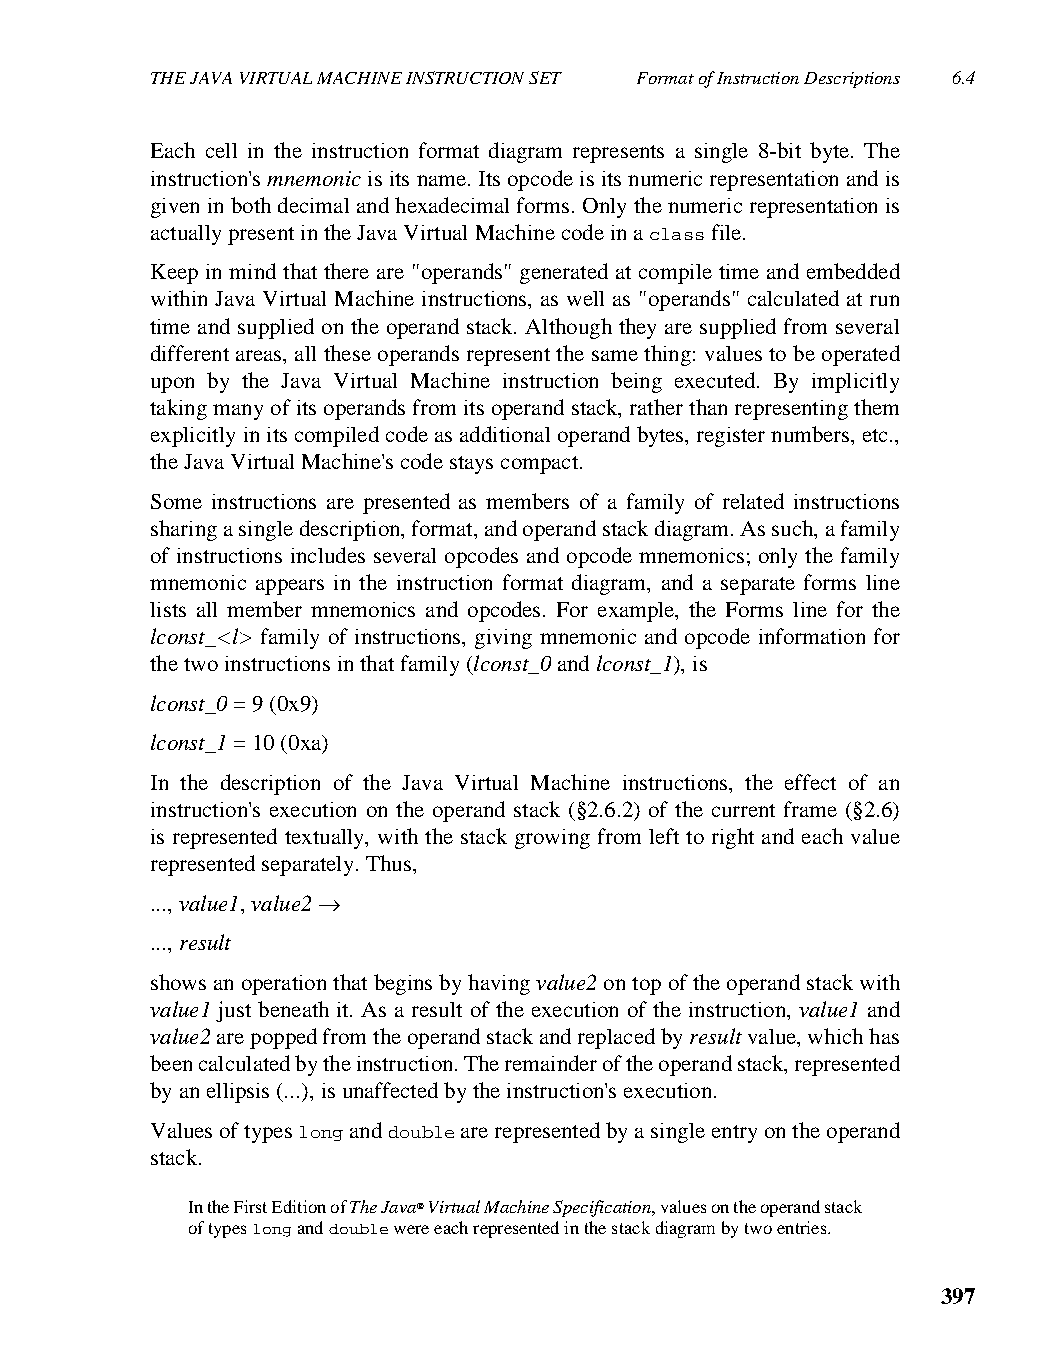
THE JAVA VIRTUAL MACHINE INSTRUCTION SET Format of Instruction Descriptions 6.4
 Each cell in the instruction format diagram represents a single 8-bit byte. The
 instruction's mnemonic is its name. Its opcode is its numeric representation and is
 given in both decimal and hexadecimal forms. Only the numeric representation is
 actually present in the Java Virtual Machine code in a class file.
 Keep in mind that there are "operands" generated at compile time and embedded
 within Java Virtual Machine instructions, as well as "operands" calculated at run
 time and supplied on the operand stack. Although they are supplied from several
 different areas, all these operands represent the same thing: values to be operated
 upon by the Java Virtual Machine instruction being executed. By implicitly
 taking many of its operands from its operand stack, rather than representing them
 explicitly in its compiled code as additional operand bytes, register numbers, etc.,
 the Java Virtual Machine's code stays compact.
 Some instructions are presented as members of a family of related instructions
 sharing a single description, format, and operand stack diagram. As such, a family
 of instructions includes several opcodes and opcode mnemonics; only the family
 mnemonic appears in the instruction format diagram, and a separate forms line
 lists all member mnemonics and opcodes. For example, the Forms line for the
 lconst_<l> family of instructions, giving mnemonic and opcode information for
 the two instructions in that family (lconst_0 and lconst_1), is
 lconst_0 = 9 (0x9)
 lconst_1 = 10 (0xa)
 In the description of the Java Virtual Machine instructions, the effect of an
 instruction's execution on the operand stack (§2.6.2) of the current frame (§2.6)
 is represented textually, with the stack growing from left to right and each value
 represented separately. Thus,
 ..., value1, value2 →
 ..., result
 shows an operation that begins by having value2 on top of the operand stack with
 value1 just beneath it. As a result of the execution of the instruction, value1 and
 value2 are popped from the operand stack and replaced by result value, which has
 been calculated by the instruction. The remainder of the operand stack, represented
 by an ellipsis (...), is unaffected by the instruction's execution.
 Values of types long and double are represented by a single entry on the operand
 stack.
 In the First Edition of The Java® Virtual Machine Specification, values on the operand stack
 of types long and double were each represented in the stack diagram by two entries.
 397